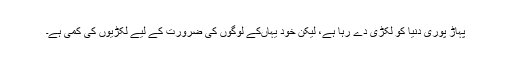
پہاڑ پوری دنیا کو لکڑی دے رہا ہے، لیکن خود یہاںکے لوگوں کی ضرورت کے لیے لکڑیوں کی کمی ہے۔